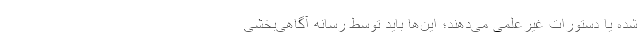
شده یا دستورات غیرعلمی‌ می‌دهند؛ این‌ها باید توسط رسانه آگاهی‌بخشی